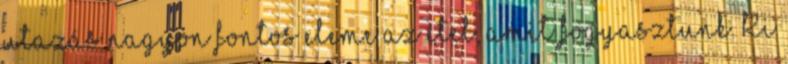
utazás nagyon fontos eleme az étel, amit fogyasztunk. Ki